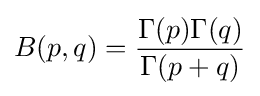
B(p,q)={\frac {\Gamma (p)\Gamma (q)}{\Gamma (p+q)}}